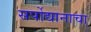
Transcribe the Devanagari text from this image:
सर्पोद्यानाचा